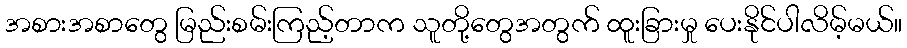
အစားအစာတွေ မြည်းစမ်းကြည့်တာက သူတို့တွေအတွက် ထူးခြားမှု ပေးနိုင်ပါလိမ့်မယ်။